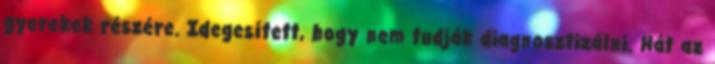
gyerekek részére. Idegesített, hogy nem tudják diagnosztizálni. Hát az